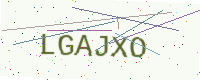
Text: LGAJXO